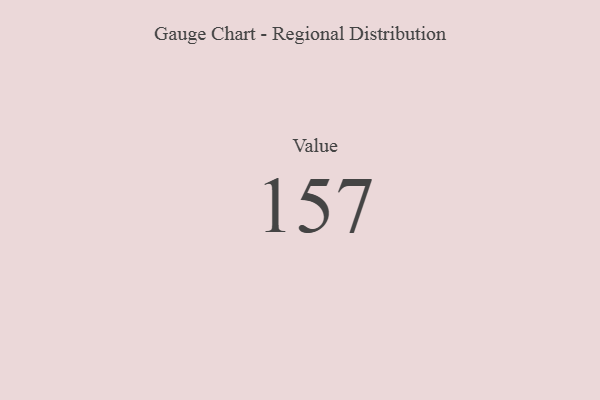
{"axis": {"x": "Metric", "y": "Value"}, "legend": [""], "data": [{"x": "Value", "y": 157, "type": ""}]}